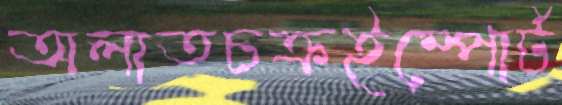
অলাতচক্রইম্পোর্ট